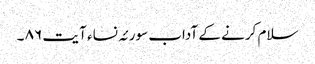
سلام کرنے کے آداب سورئہ نساء آ یت ٨٦ ۔